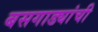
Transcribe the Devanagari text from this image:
बसगाड्यांची